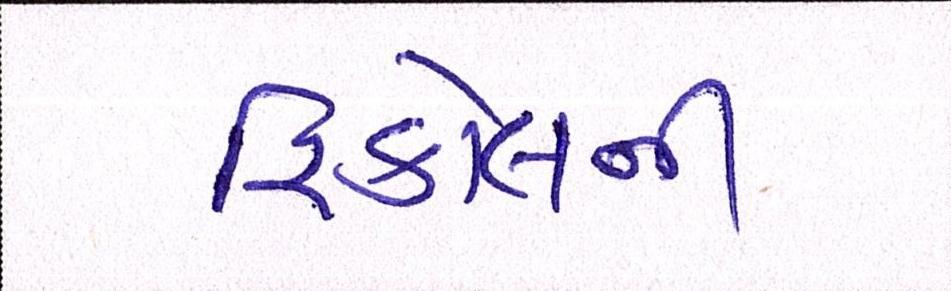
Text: રિકોલની